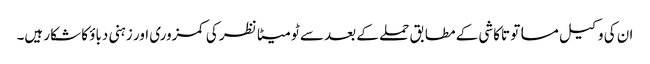
ان کی وکیل مساتو تاکاشی کے مطابق حملے کے بعد سے ٹومیٹا نظر کی کمزوری اور زہنی دباؤ کا شکار ہیں۔